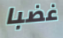
غضبا